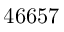
4 6 6 5 7